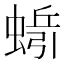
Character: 𱿷